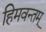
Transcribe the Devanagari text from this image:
हिमवन्तम्